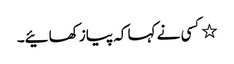
٭کسی نے کہا کہ پیاز کھائیے۔